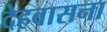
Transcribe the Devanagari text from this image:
देहवासना